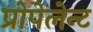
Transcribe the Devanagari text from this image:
प्रोपेलेन्ट